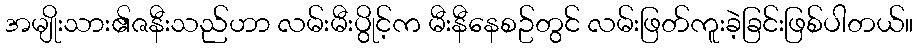
အမျိုးသား၏ဇနီးသည်ဟာ လမ်းမီးပွိုင့်က မီးနီနေစဥ်တွင် လမ်းဖြတ်ကူးခဲ့ခြင်းဖြစ်ပါတယ်။